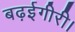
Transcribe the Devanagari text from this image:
बढ़ईगीरी।